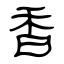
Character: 香